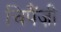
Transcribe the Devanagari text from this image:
चिपैंज़ी